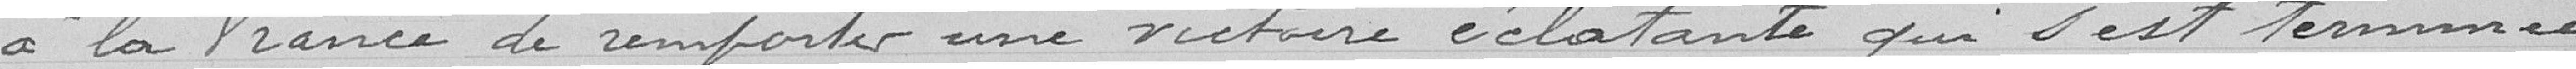
à la France de remporter une victoire éclatante qui s'est terminée